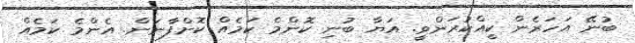
ބުނޭ އަހަރެން ކީއްކުރަންވީ. އަޔާ ބުނި ކޮންމެ ކަމެއް ކޮށްފާނަން. އެންމެ ކަމެއް